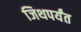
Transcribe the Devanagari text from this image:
जिथपर्यंत